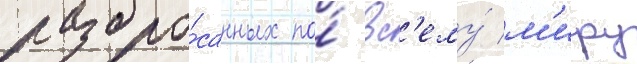
разбро́санных по́ вс'ему́ м'иру